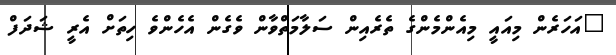
"އަހަރެން މިއައީ މިއެންމެންގެ ތެރެއިން ސަލާމަތްވާން ވެގެން އެހެންވެ ހިތަށް އެރީ ޝަދަފް